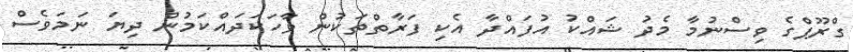
ގްރޫޕްގެ ވިސްނުމާ މެދު ޝައްކު އުފައްދާ އެކި ފަރާތްތަކުން ވާހަކަދައްކަމުން ދިޔަ ނަަމަވެސް